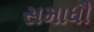
સમાધૌ